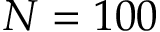
N = 1 0 0